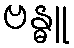
ဗန္ဓူ